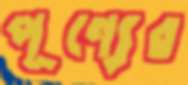
পূণ্যের